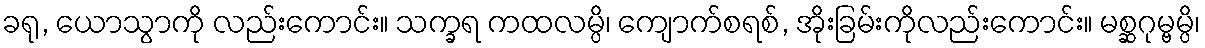
ခရု, ယောသွာကို လည်းကောင်း။ သက္ခရ ကထလမ္ပိ၊ ကျောက်စရစ်, အိုးခြမ်းကိုလည်းကောင်း။ မစ္ဆဂုမ္ဗမ္ပိ၊